Tezpur Lunatic Asylum reports 1877-1894 - 1877-1894
Year: 1877
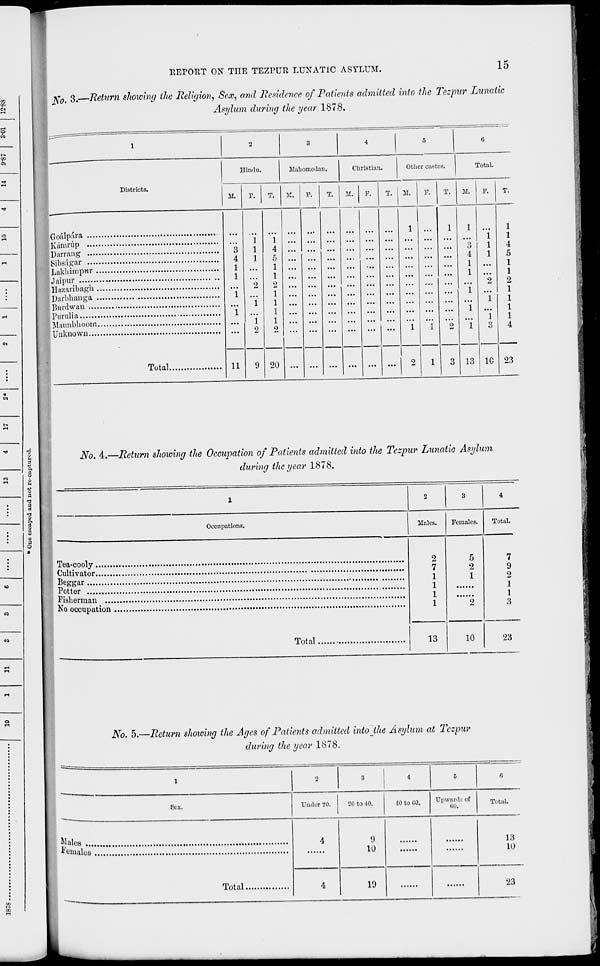
REPORT ON THE TEZPUR LUNATIC ASYLUM.
15
No. 3-—Return showing the Religion, Sex, and Residence of Patients admitted into the Tezpur Lunatic
Asylum during the year 1878.
Districts.
Hindu.
Mahomedan.
Christian.
Other castes.
Total.
M.
T.
Goiilpiira
Kamrup
Darning
Sibsiigar
Lakhimpm-
Jaipur
Hazaribagb
Parbbanga
Burdwan
,
Purulia
Maunbhoom
,
Unknown
Total.
3
4
1
1
"i
i
li
20
K.
F.
M.
F.
IT.
F.
M.
13
F.
1C
1
1
4
5
1
1
2
1
1
1
1
4
23
No. 4.—Return showing the Occupation of Patients admitted into the Tezpur Lunatic Asylum
during the year 1878.
1
2
3
4
Occupations.
Males.
Females.
Total.
2
7
1
1
1
1
5
2
1
2
7
9
2
Potter
1
1
3
Total
13
10
23
No. 5.—Return showing the Ages of Patients admitted into the Asylum at Tezpur
during the year 1878.
1
o
3
4
8
6
Sex.
Under 20.
20 to 40.
40 to 00.
Upwards of
tiO.
Total.
Males ....
4
9
10
13
^malea
10
Total
4
19
23